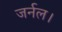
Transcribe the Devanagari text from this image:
जर्नल।